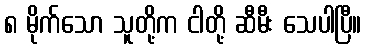
၈ မိုက်သော သူတို့က ငါတို့ ဆီမီး သေပါပြီ။